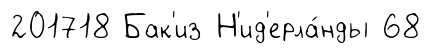
201718 Бак'из Н'ид'ерла́нды 68